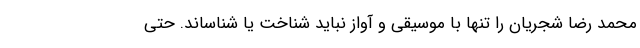
محمد رضا شجریان را تنها با موسیقی و آواز نباید شناخت یا شناساند. حتی